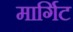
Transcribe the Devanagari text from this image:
मार्गिट